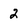
Character: 2